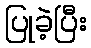
ပြုခဲ့ပြီး